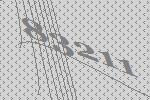
83211